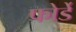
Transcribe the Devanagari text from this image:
फोर्डे